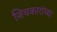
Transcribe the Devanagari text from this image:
जिचकारांच्या